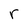
Character: r